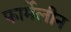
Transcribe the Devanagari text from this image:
फार्मेलीन